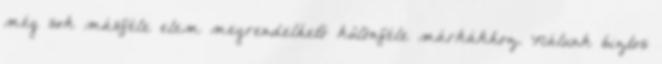
még sok másféle elem megrendelhető különféle márkákhoz. Nálunk biztos